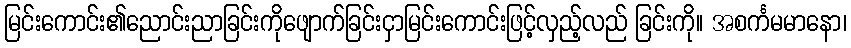
မြင်းကောင်း၏ညောင်းညာခြင်းကိုဖျောက်ခြင်းငှာမြင်းကောင်းဖြင့်လှည့်လည် ခြင်းကို။ အစင်္ကမမာနော၊